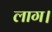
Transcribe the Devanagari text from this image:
लाग।